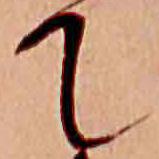
て